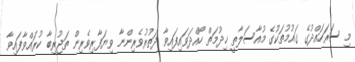
މި ސަރަހައްދުގެ ގައުމުތަކުގެ މުއާސަލާތީ ޚިދުމަތް ހޯއްދަވައިފައިވާ ދަތުރުވެރިންނާ ވިޔަފާރިވެރިން ތަޖުރިބާ ކުރައްވާފައިވާ